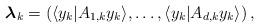
LaTeX: \begin{align*}\boldsymbol{\lambda}_k = \left(\langle y_k|A_{1, k} y_k\rangle, \dots, \langle y_k|A_{d, k} y_k\rangle\right),\end{align*}